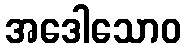
အဒေါသောဝ